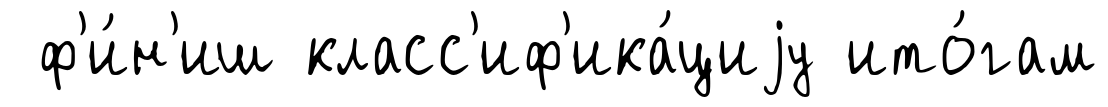
ф'и́н'иш класс'иф'ика́циjу ито́гам